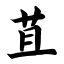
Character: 苴